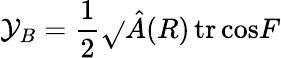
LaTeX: \mathcal{Y}_{B}={\frac{{1}}{{2}}}\sqrt{}{{\hat{{A}}(R)}}\, \mathrm{{tr}}\, \mathrm{{cos}}F